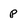
Character: p